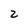
Character: z